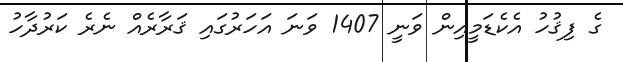
ގެ ފިޤުހު އެކެޑަމީއިން ވަނީ 1407 ވަނަ އަހަރުގައި ޤަރާރެއް ނެރެ ކަރުދާހު